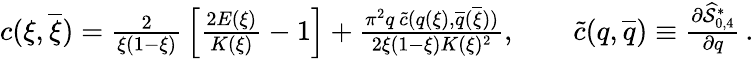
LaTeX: \begin{array}{r}{c(\xi,\overline{{\xi}})={\frac{2}{\xi(1-\xi)}}\left[{\frac{2E(\xi)}{K(\xi)}}-1\right]+{\frac{\pi^{2}q\, \widetilde{c}(q(\xi),\overline{{q}}(\overline{{\xi}}))}{2\xi(1-\xi)K(\xi)^{2}}},\quad\quad\widetilde{c}(q,\overline{{q}})\equiv{\frac{\partial\widehat{\mathcal{S}}_{0,4}^{\ast}}{\partial q}}\, .}\end{array}